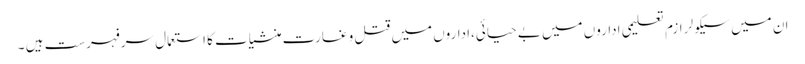
ان میں سیکولر ازم تعلیمی اداروں میں بے حیائی،اداروں میں قتل و غارت منشیات کا استعمال سرفہرست ہیں ۔